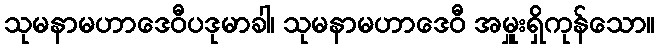
သုမနာမဟာဒေဝီပဒုမာခါ၊ သုမနာမဟာဒေဝီ အမှူးရှိကုန်သော။